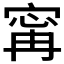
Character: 𡩋